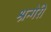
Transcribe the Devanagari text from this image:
श्रन्गेरी